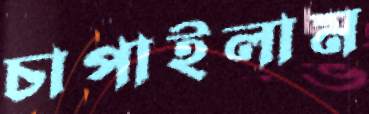
চাপাইলাম